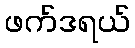
ဖက်ဒရယ်